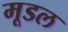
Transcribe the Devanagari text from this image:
मूडल